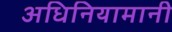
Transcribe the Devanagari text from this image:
अधिनियामानी